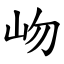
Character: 岉